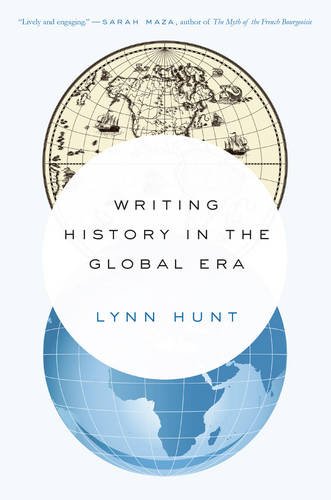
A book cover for Writing History in the Global Era; Lynn Hunt; History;